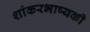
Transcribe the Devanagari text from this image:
शांकरभाष्यकी